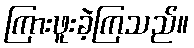
ကြားဖူးခဲ့ကြသည်။